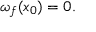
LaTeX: \omega _ { f } ( x _ { 0 } ) = 0 .